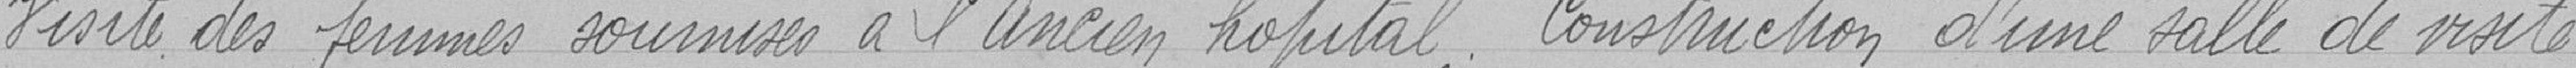
Visite des femmes soumises à l'ancien hôpital. Construction d'une salle de visite.